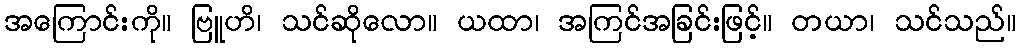
အကြောင်းကို။ ဗြူဟိ၊ သင်ဆိုလော။ ယထာ၊ အကြင်အခြင်းဖြင့်။ တယာ၊ သင်သည်။